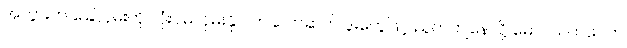
အဘွားက ခြေလှမ်းကို လုံးဝမလှမ်းနိုင် တဆတ်ဆတ် ဒူးတွေဖြင့် ညွတ်ကျနေလို့ မောင်သက်ဝေက